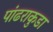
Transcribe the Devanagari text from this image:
पांढराकुडा